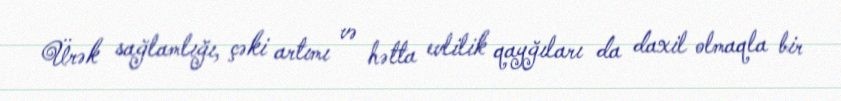
Ürək sağlamlığı, çəki artımı və hətta evlilik qayğıları da daxil olmaqla bir